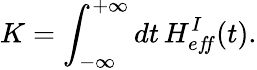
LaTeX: K=\int_{-\infty}^{+\infty}dt\, H_{ef\! f}^{I}(t).